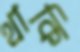
থাকি